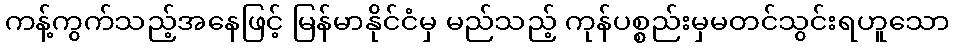
ကန့်ကွက်သည့်အနေဖြင့် မြန်မာနိုင်ငံမှ မည်သည့် ကုန်ပစ္စည်းမှမတင်သွင်းရဟူသော